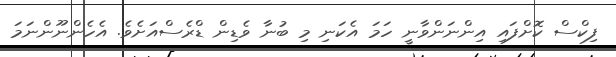
ފިކްސް ކޮށްފައި އިންނަންވާނީ ހަމަ އެކަނި މި ބުނާ ވެޑިން ޑްރެސްއަށެވެ. އެހެންނޫންނަމަ